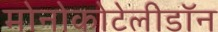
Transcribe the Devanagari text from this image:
मोनोकोटेलीडॉन